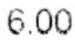
6.00